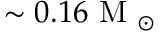
\sim 0 . 1 6 \mathrm { ~ M ~ } _ { \odot }